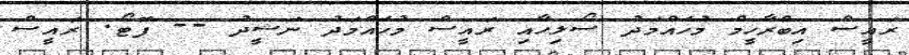
ރައީސް އިބްރާހީމް މުހައްމަދު ސޯލިހާއި ރައީސް މުހައްމަދު ނަޝީދު -- ފޮޓޯ: ރައީސް